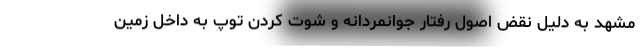
مشهد به دلیل نقض اصول رفتار جوانمردانه و شوت کردن توپ به داخل زمین